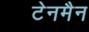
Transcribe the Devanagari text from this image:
टेनमैन